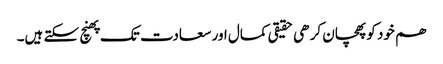
ھم خود کو پھچان کر ھی حقیقی کمال اور سعادت تک پھنچ سکتے ہیں۔